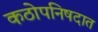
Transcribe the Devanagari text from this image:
कठोपनिषदात